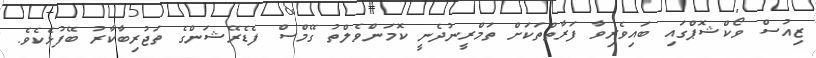
ޒިއުސް ވޯކްޝޮޕްގައި ބައިވެރިވާ ފަރާތްތަކަށް ތަމްރީނުދެނީ ކޮމަންވެލްތު ގޭމްސް ފެޑެރޭޝަންގެ ތަޖުރިބާކާރު ބޭފުޅެކެވެ.